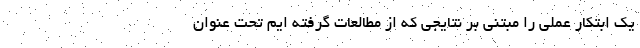
یک ابتکار عملی را مبتنی بر نتایجی که از مطالعات گرفته ایم تحت عنوان